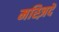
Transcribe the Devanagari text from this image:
मस्ज़िदें